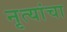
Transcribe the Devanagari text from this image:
नृत्यांचा